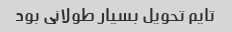
تایم تحویل بسیار طولانی بود